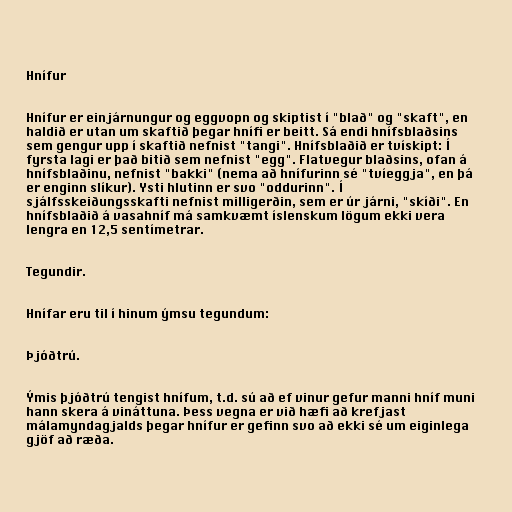
Hnífur

Hnífur er einjárnungur og eggvopn og skiptist í "blað" og "skaft", en
haldið er utan um skaftið þegar hnífi er beitt. Sá endi hnífsblaðsins
sem gengur upp í skaftið nefnist "tangi". Hnífsblaðið er tvískipt: Í
fyrsta lagi er það bitið sem nefnist "egg". Flatvegur blaðsins, ofan á
hnífsblaðinu, nefnist "bakki" (nema að hnífurinn sé "tvíeggja", en þá
er enginn slíkur). Ysti hlutinn er svo "oddurinn". Í
sjálfsskeiðungsskafti nefnist milligerðin, sem er úr járni, "skíði". En
hnífsblaðið á vasahníf má samkvæmt íslenskum lögum ekki vera
lengra en 12,5 sentímetrar.

Tegundir.

Hnífar eru til í hinum ýmsu tegundum:

Þjóðtrú.

Ýmis þjóðtrú tengist hnífum, t.d. sú að ef vinur gefur manni hníf muni
hann skera á vináttuna. Þess vegna er við hæfi að krefjast
málamyndagjalds þegar hnífur er gefinn svo að ekki sé um eiginlega
gjöf að ræða.